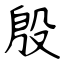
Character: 殷